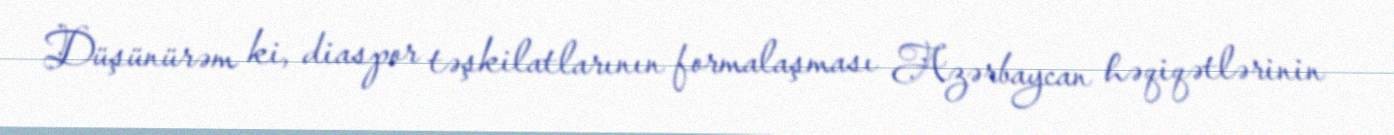
Düşünürəm ki, diaspor təşkilatlarının formalaşması Azərbaycan həqiqətlərinin